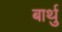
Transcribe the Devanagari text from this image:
बार्थु